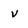
Character: v